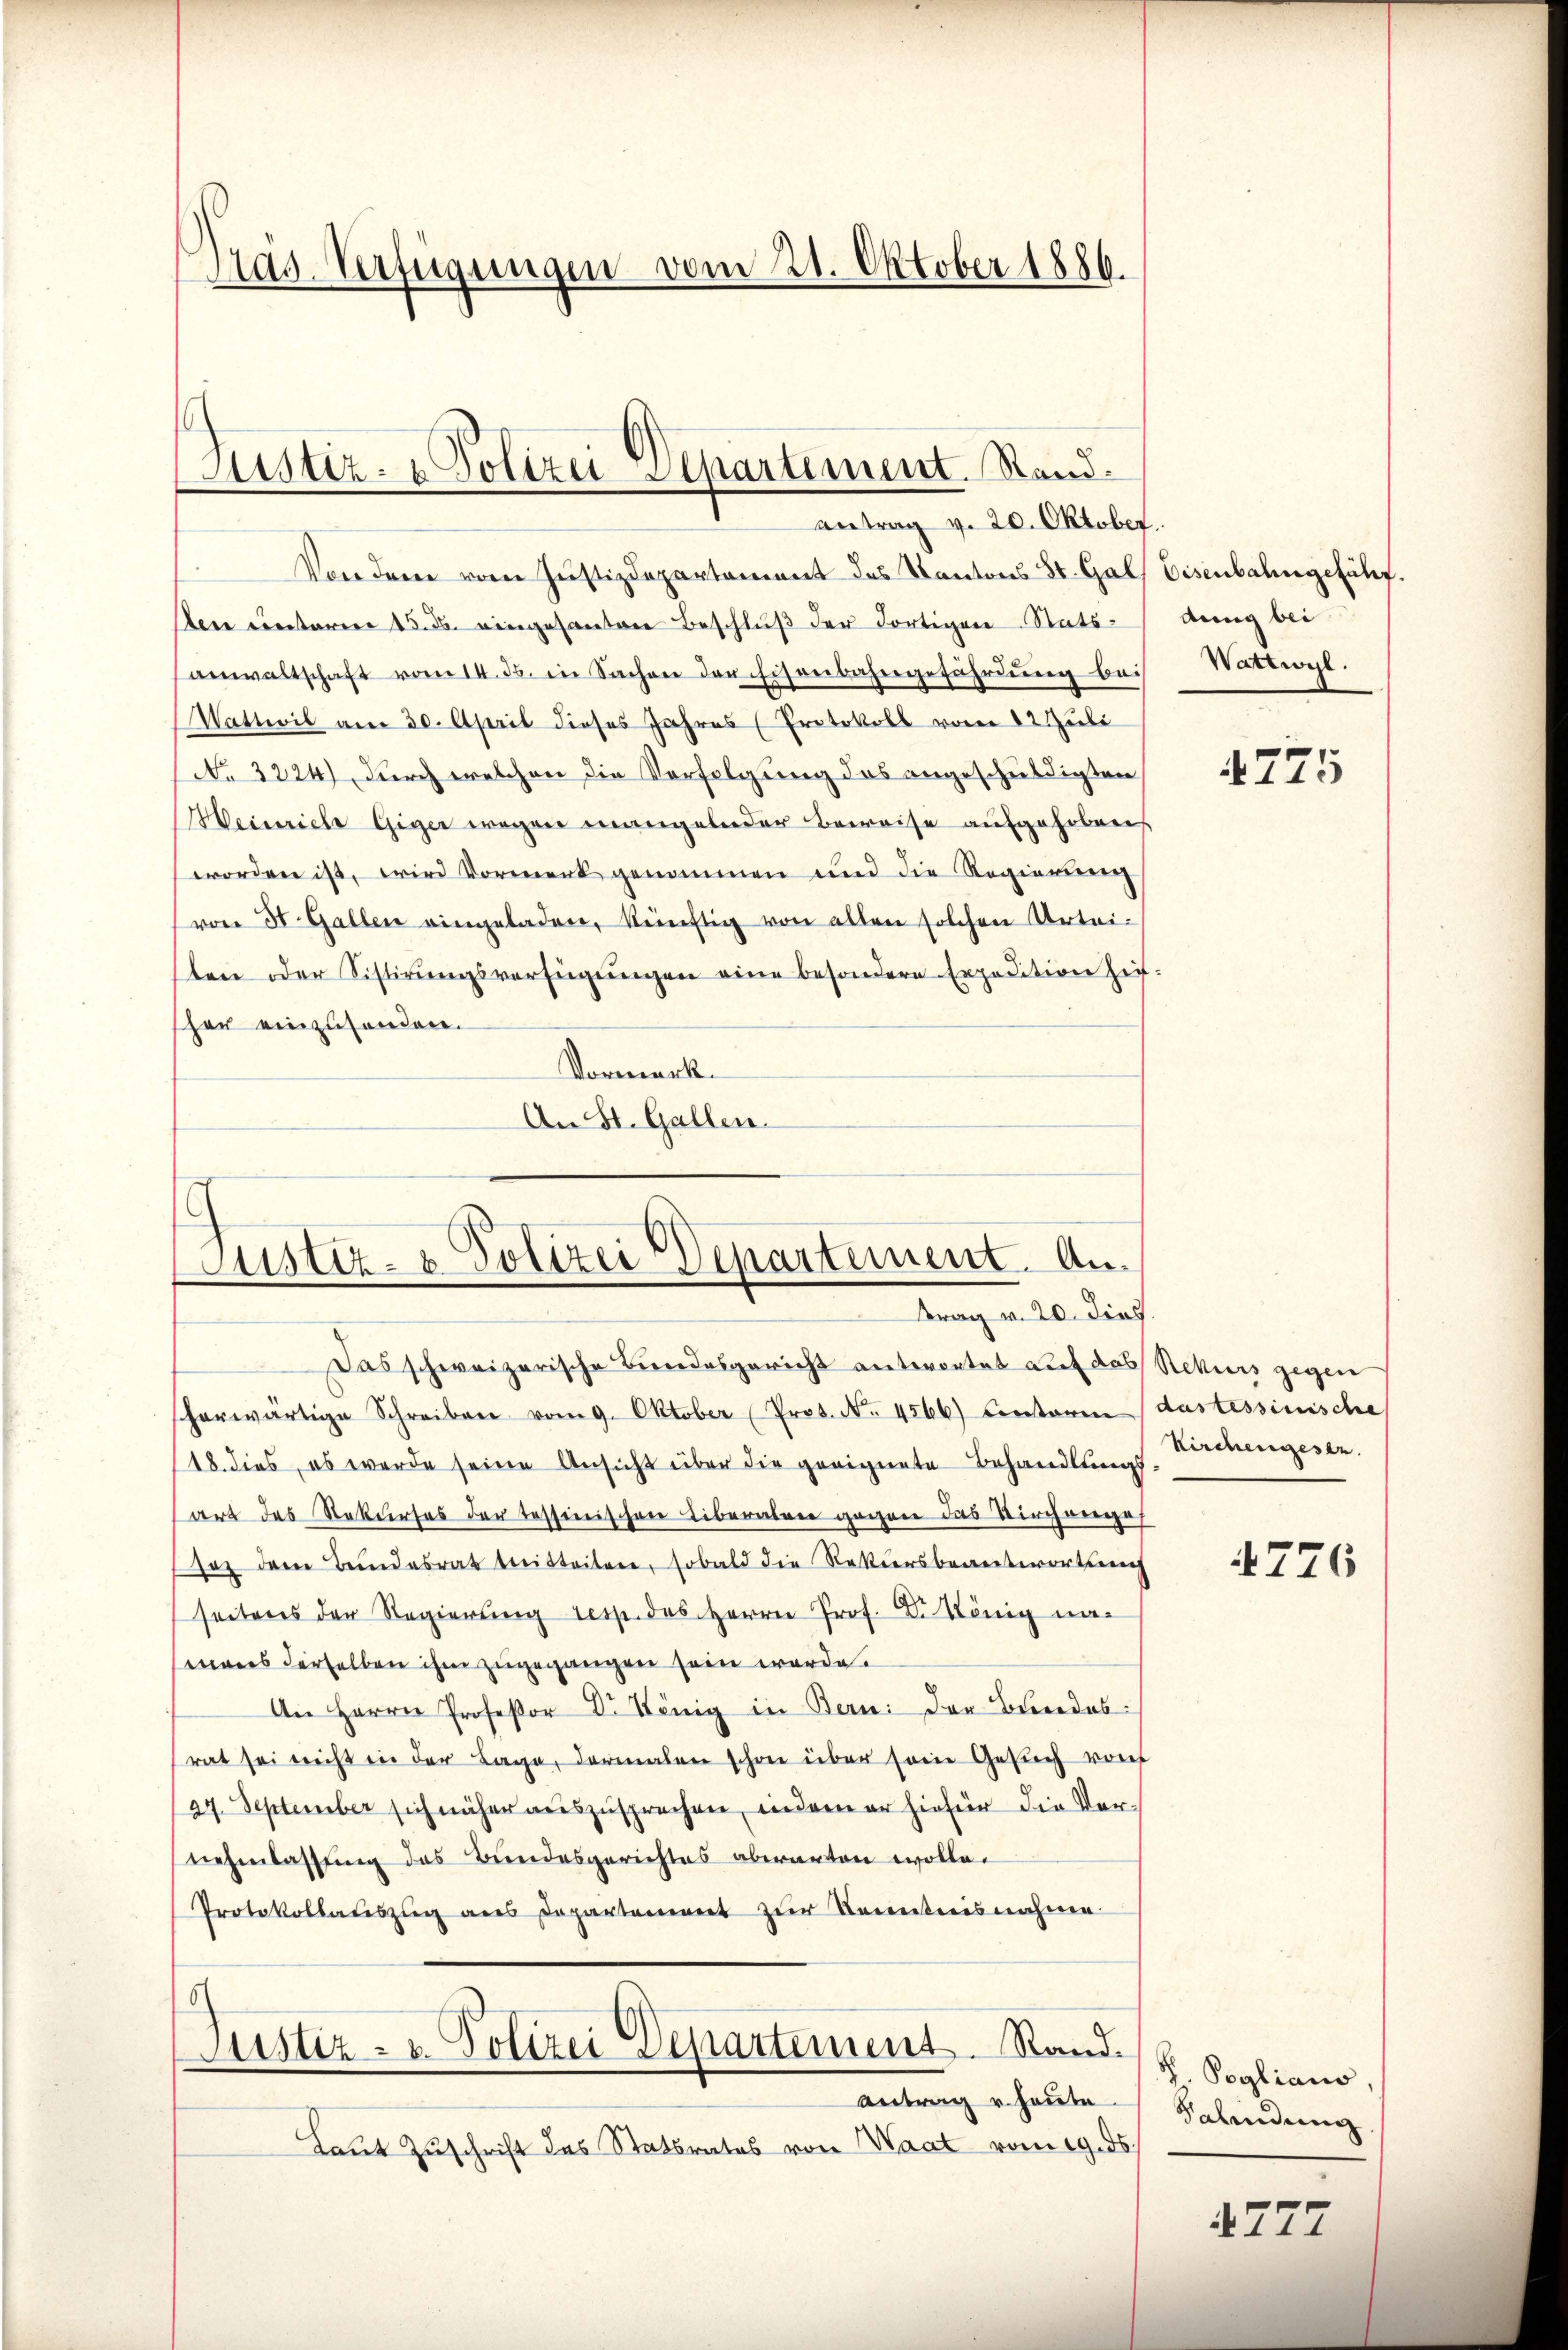
Pras-Verfügungen vom 21. Oktober 1886

Sistiz- & Polizei Alpartement. Stand.
Antrag v. 20. Oktober.

Von dem vom Justizdepartement des Kantons St. Gals Eisenbahngefähr.
Aen ŭnterm 15. ds. eingesanten Beschlŭβ der dortigen Stats-
anwaltschaft vom 14. ds. in Sachen der Eisenbahngefährdŭng bei Wattwyl.
Wattwil am 30. April dieses Jahres (Protokoll vom 22. Juli
No 3224) durch welchen die Verfolgung des angeschuldigten
Heinrich Giger wegen mangelnder Beweise aufgehoben
worden ist, wird Vormerk genommen und die Regierung
von 50 Gallen eingeladen, künftig von allen solchen Urteiten oder Sistirŭngsverfügŭngen eine besondere Expedition hei-
her einzusenden.
Vormerk.
An St. Gallen.

Justiz- & Polizei Departement. Anrag v. 20. dies

Das schweizerische Bundesgericht anterortet auf das Rekurs gegen
scherwärtige Schreiben vom 9. Oktober (Prot. No. 4566) Contoren (dastessinische
18. dies, es werde seine Ansicht über die geeignete Behandlungs
art des Rekurses der Tessinischen Liberalen gegen das Verhänge
saz dem Bundesrat tritteitere, sobald die Rekursbeantwortung
seitens der Regierung resp. des Herrn Prof. Dr. König mamans derselben ihm zugegangen sein werde.
An Herrn Profeßor Dr. König in Bern: der Bundesrat sei nicht in der Lage, dermalen schon über sein Gesuch von
24. September sich näher auszusprechen, indem er hiefür die Vornehmlassung des Bundesgerichtes aberanten wolle.
Protokollauszug aus Departement zur Kenntnisnahme
Justiz- u. Polizei Departement. Rand.
Antrag u. heute.
Laut Zuschrift des Statsrates von Waat vom 19. ds.

dung bei

4775

Kirchengesen.

4776

Poglians,
Balindung

4777